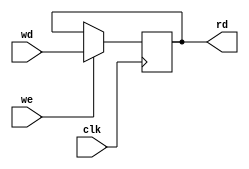
`timescale 1ns / 1ps

module hiloreg (
    input wire clk,
    input wire we,
    input wire [31:0] wd,
    output wire [31:0] rd
);
    reg [31:0] data;
    always @(negedge clk) begin
		if(we) begin
			data <= wd;
		end
	end
    assign rd = data;
endmodule